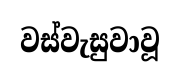
වස්වැසුවාවූ